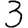
Digit: 3